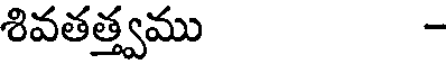
శివతత్త్వము -